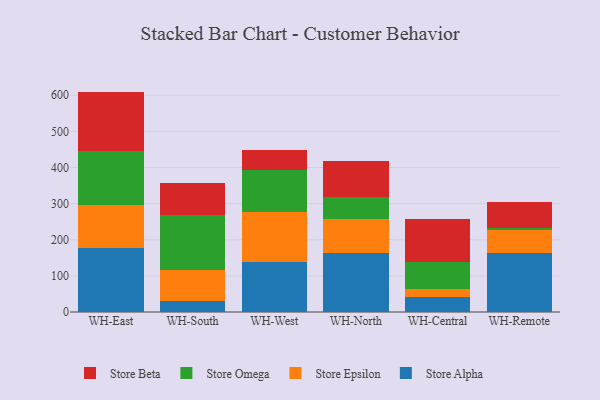
{"axis": {"x": "Warehouse", "y": "Latency (ms)"}, "legend": ["Store Alpha", "Store Beta", "Store Epsilon", "Store Omega"], "data": [{"x": "WH-East", "y": 177.9, "type": "Store Alpha"}, {"x": "WH-East", "y": 117.1, "type": "Store Epsilon"}, {"x": "WH-East", "y": 151.1, "type": "Store Omega"}, {"x": "WH-East", "y": 164.1, "type": "Store Beta"}, {"x": "WH-South", "y": 30.1, "type": "Store Alpha"}, {"x": "WH-South", "y": 85.6, "type": "Store Epsilon"}, {"x": "WH-South", "y": 152.6, "type": "Store Omega"}, {"x": "WH-South", "y": 89.0, "type": "Store Beta"}, {"x": "WH-West", "y": 137.7, "type": "Store Alpha"}, {"x": "WH-West", "y": 138.9, "type": "Store Epsilon"}, {"x": "WH-West", "y": 115.2, "type": "Store Omega"}, {"x": "WH-West", "y": 57.3, "type": "Store Beta"}, {"x": "WH-North", "y": 162.2, "type": "Store Alpha"}, {"x": "WH-North", "y": 94.4, "type": "Store Epsilon"}, {"x": "WH-North", "y": 61.2, "type": "Store Omega"}, {"x": "WH-North", "y": 99.9, "type": "Store Beta"}, {"x": "WH-Central", "y": 41.4, "type": "Store Alpha"}, {"x": "WH-Central", "y": 23.0, "type": "Store Epsilon"}, {"x": "WH-Central", "y": 73.6, "type": "Store Omega"}, {"x": "WH-Central", "y": 119.3, "type": "Store Beta"}, {"x": "WH-Remote", "y": 163.4, "type": "Store Alpha"}, {"x": "WH-Remote", "y": 63.4, "type": "Store Epsilon"}, {"x": "WH-Remote", "y": 6.9, "type": "Store Omega"}, {"x": "WH-Remote", "y": 71.8, "type": "Store Beta"}]}